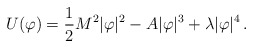
\begin{align*}U(\varphi) = \frac{1}{2} M^2 |\varphi|^2 - A |\varphi|^3 +\lambda |\varphi|^4 \,.\end{align*}